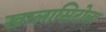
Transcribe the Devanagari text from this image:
खालासिटोला